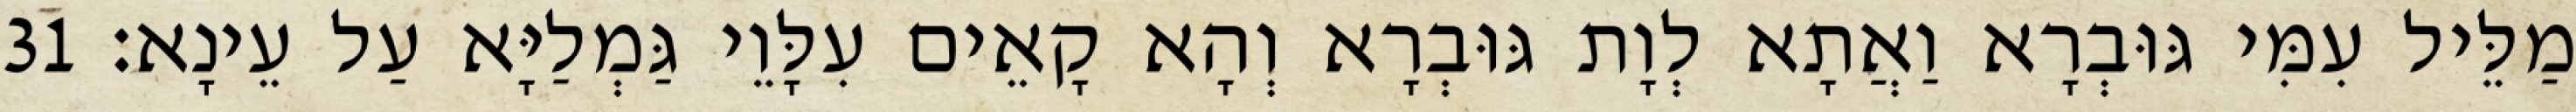
מַלֵּיל עִמִּי גּוּבְרָא וַאֲתָא לְוָת גּוּבְרָא וְהָא קָאֵים עִלָּוֵי גַּמְלַיָּא עַל עֵינָא׃ 31